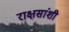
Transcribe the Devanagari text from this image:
राक्षसांशी